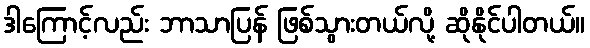
ဒါကြောင့်လည်း ဘာသာပြန် ဖြစ်သွားတယ်လို့ ဆိုနိုင်ပါတယ်။